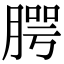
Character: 腭